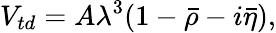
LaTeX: V_{td}=A\lambda^{3}(1-\bar{\rho}-i\bar{\eta}),